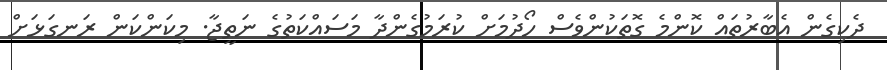
ދެކިގެން އެބާރުތައް ކޮންމެ ގޮތަކުންވެސް ހޯދުމަށް ކުރަމުގެންދާ މަސައްކަތުގެ ނަތީޖާ. މިކަންކަން ރަނގަޅަށް